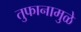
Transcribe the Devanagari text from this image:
तुफानामुळे